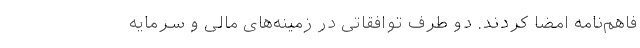
فاهم‌نامه امضا کردند. دو طرف توافقاتی در زمینه‌های مالی و سرمایه‌